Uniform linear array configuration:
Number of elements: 4
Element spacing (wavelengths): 0.75
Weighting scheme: kaiser
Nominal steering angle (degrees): -60
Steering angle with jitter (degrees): -58.607
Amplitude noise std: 0.05
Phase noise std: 0.05

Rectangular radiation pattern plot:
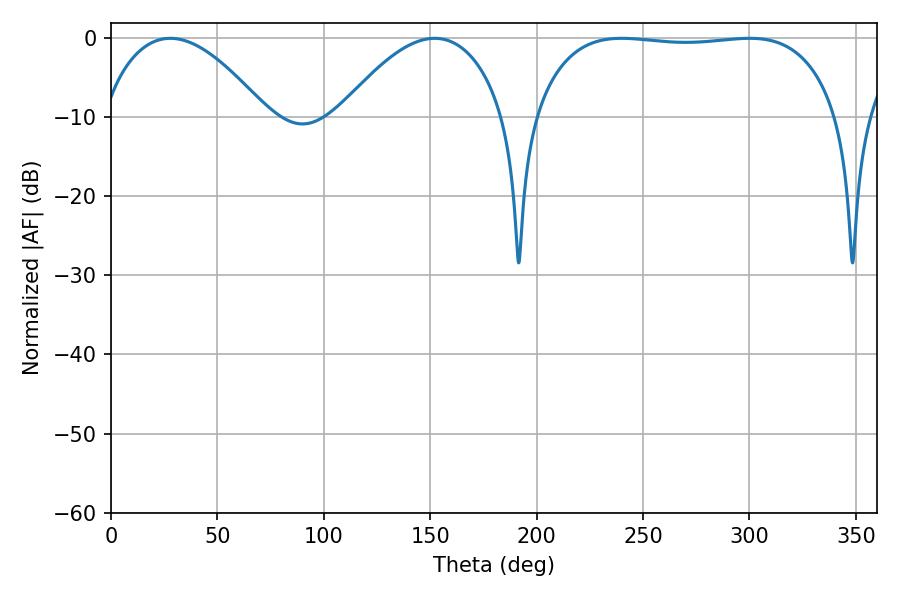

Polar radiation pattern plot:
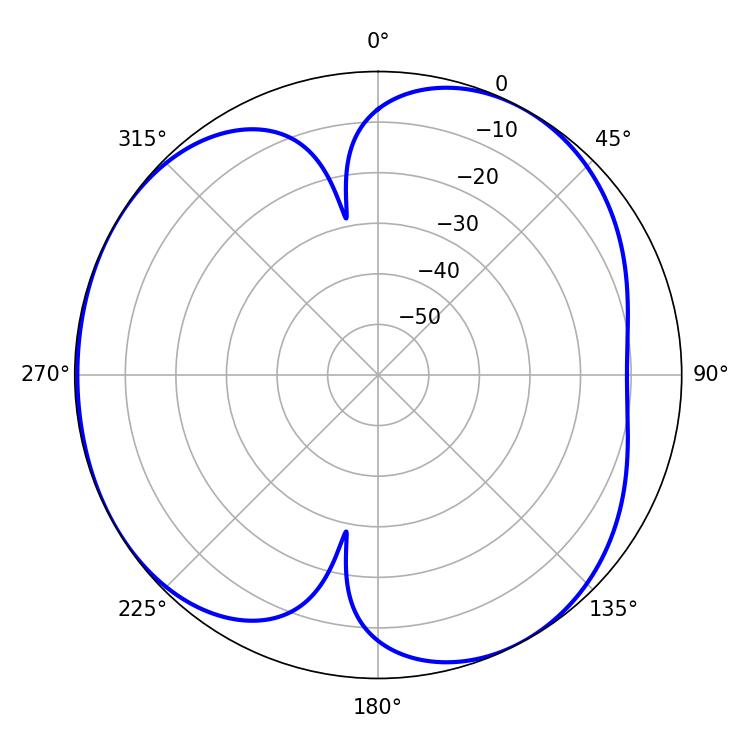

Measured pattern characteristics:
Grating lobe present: TRUE
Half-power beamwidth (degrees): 113.04
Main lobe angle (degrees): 239.94